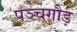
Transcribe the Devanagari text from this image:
पञ्चगौड़